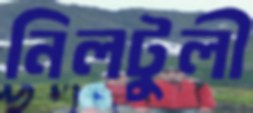
নিলটুলী